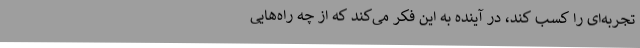
تجربه‌ای را کسب کند، در آینده به این فکر می‌کند که از چه راه‌هایی